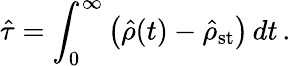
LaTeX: {\hat{\tau}}=\int_{0}^{\infty}\left({\hat{\rho}}(t)-{\hat{\rho}}_{\mathrm{st}}\right)\, dt\, .